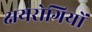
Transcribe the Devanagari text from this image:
क्षयरोगियों